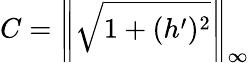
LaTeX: C=\left\| \sqrt{1+(h^{\prime})^{2}}\right\| _{\infty}